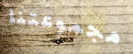
مجموعتنا